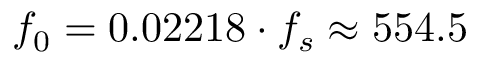
f _ { 0 } = 0 . 0 2 2 1 8 \cdot f _ { s } \approx 5 5 4 . 5